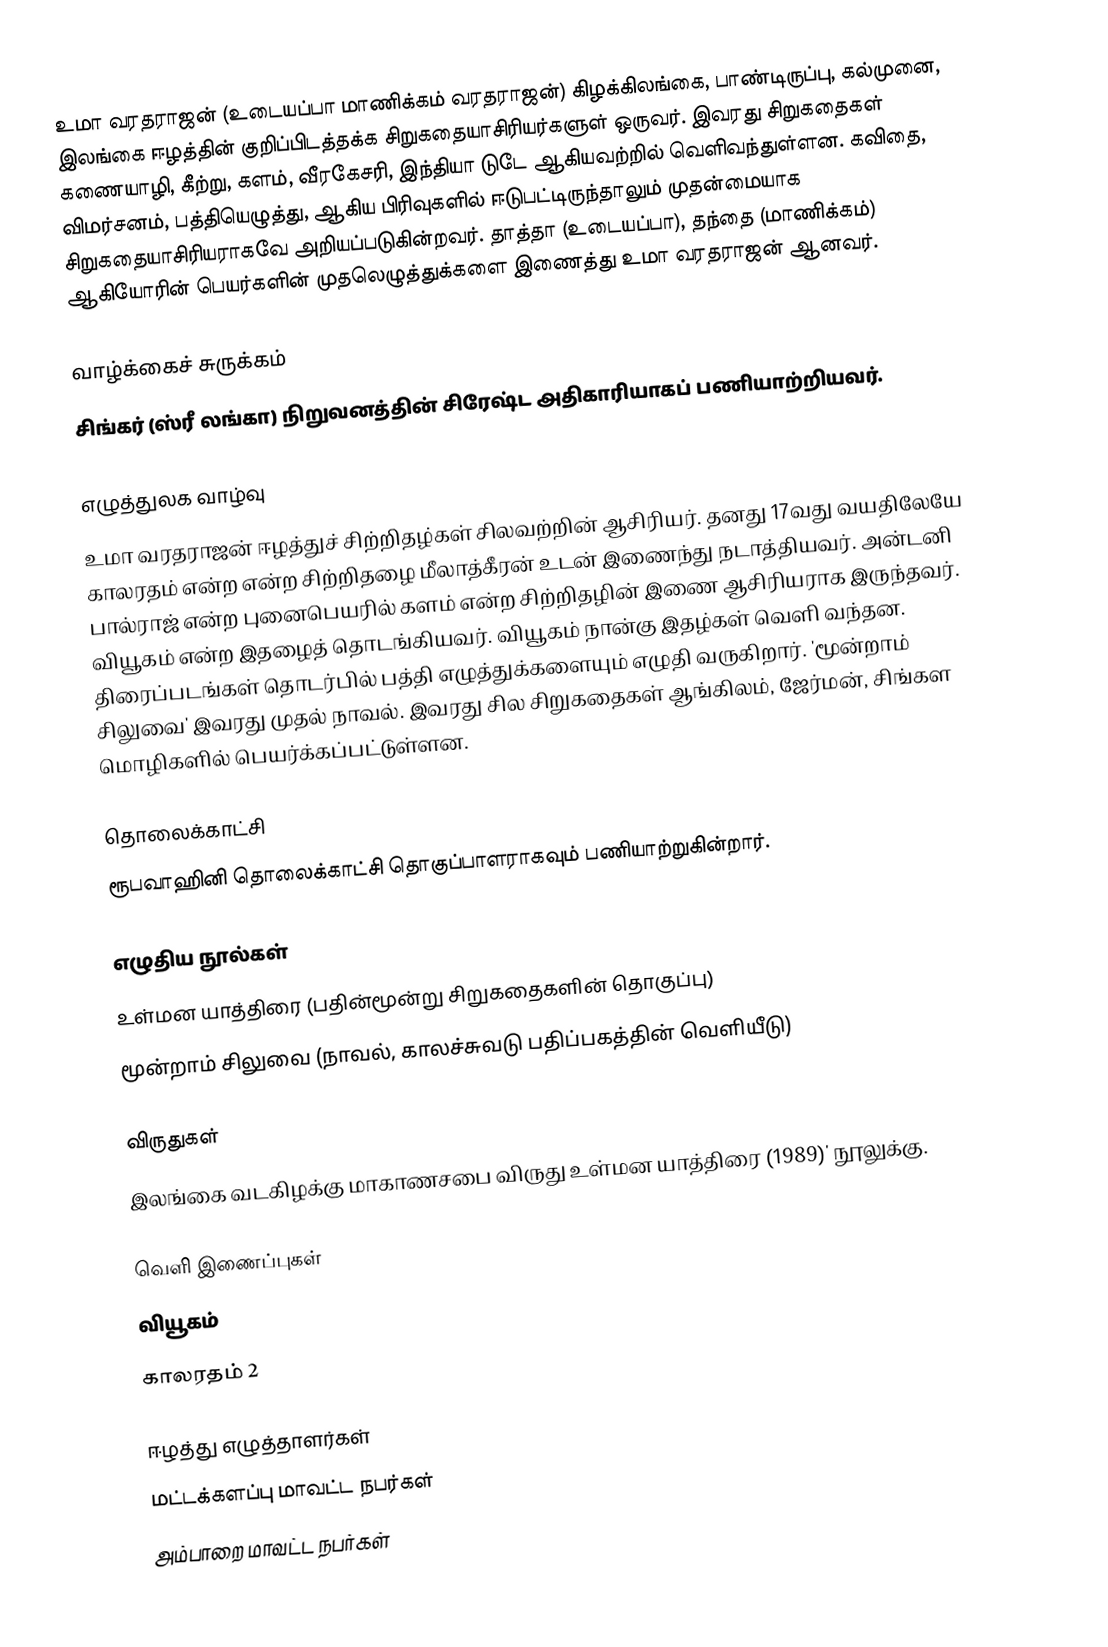
உமா வரதராஜன் (உடையப்பா மாணிக்கம் வரதராஜன்) கிழக்கிலங்கை, பாண்டிருப்பு, கல்முனை, இலங்கை ஈழத்தின் குறிப்பிடத்தக்க சிறுகதையாசிரியர்களுள் ஒருவர். இவரது சிறுகதைகள் கணையாழி, கீற்று, களம், வீரகேசரி, இந்தியா டுடே ஆகியவற்றில் வெளிவந்துள்ளன. கவிதை, விமர்சனம், பத்தியெழுத்து, ஆகிய பிரிவுகளில் ஈடுபட்டிருந்தாலும் முதன்மையாக சிறுகதையாசிரியராகவே அறியப்படுகின்றவர். தாத்தா (உடையப்பா), தந்தை (மாணிக்கம்) ஆகியோரின் பெயர்களின் முதலெழுத்துக்களை இணைத்து உமா வரதராஜன் ஆனவர்.

வாழ்க்கைச் சுருக்கம்
சிங்கர் (ஸ்ரீ லங்கா) நிறுவனத்தின் சிரேஷ்ட அதிகாரியாகப் பணியாற்றியவர்.

எழுத்துலக வாழ்வு
உமா வரதராஜன் ஈழத்துச் சிற்றிதழ்கள் சிலவற்றின் ஆசிரியர். தனது 17வது வயதிலேயே காலரதம் என்ற என்ற சிற்றிதழை மீலாத்கீரன் உடன் இணைந்து நடாத்தியவர். அன்டனி பால்ராஜ் என்ற புனைபெயரில் களம் என்ற சிற்றிதழின் இணை ஆசிரியராக  இருந்தவர். வியூகம் என்ற இதழைத் தொடங்கியவர். வியூகம் நான்கு இதழ்கள் வெளி வந்தன. திரைப்படங்கள் தொடர்பில் பத்தி எழுத்துக்களையும் எழுதி வருகிறார்.  'மூன்றாம் சிலுவை' இவரது முதல் நாவல். இவரது சில சிறுகதைகள் ஆங்கிலம், ஜேர்மன், சிங்கள மொழிகளில் பெயர்க்கப்பட்டுள்ளன.

தொலைக்காட்சி
ரூபவாஹினி தொலைக்காட்சி தொகுப்பாளராகவும் பணியாற்றுகின்றார்.

எழுதிய நூல்கள்
 உள்மன யாத்திரை (பதின்மூன்று சிறுகதைகளின் தொகுப்பு)
 மூன்றாம் சிலுவை (நாவல், காலச்சுவடு பதிப்பகத்தின் வெளியீடு)

விருதுகள்
 இலங்கை வடகிழக்கு மாகாணசபை விருது உள்மன யாத்திரை (1989)' நூலுக்கு.

வெளி இணைப்புகள்
 வியூகம்
 காலரதம் 2

ஈழத்து எழுத்தாளர்கள்
மட்டக்களப்பு மாவட்ட நபர்கள்
அம்பாறை மாவட்ட நபர்கள்